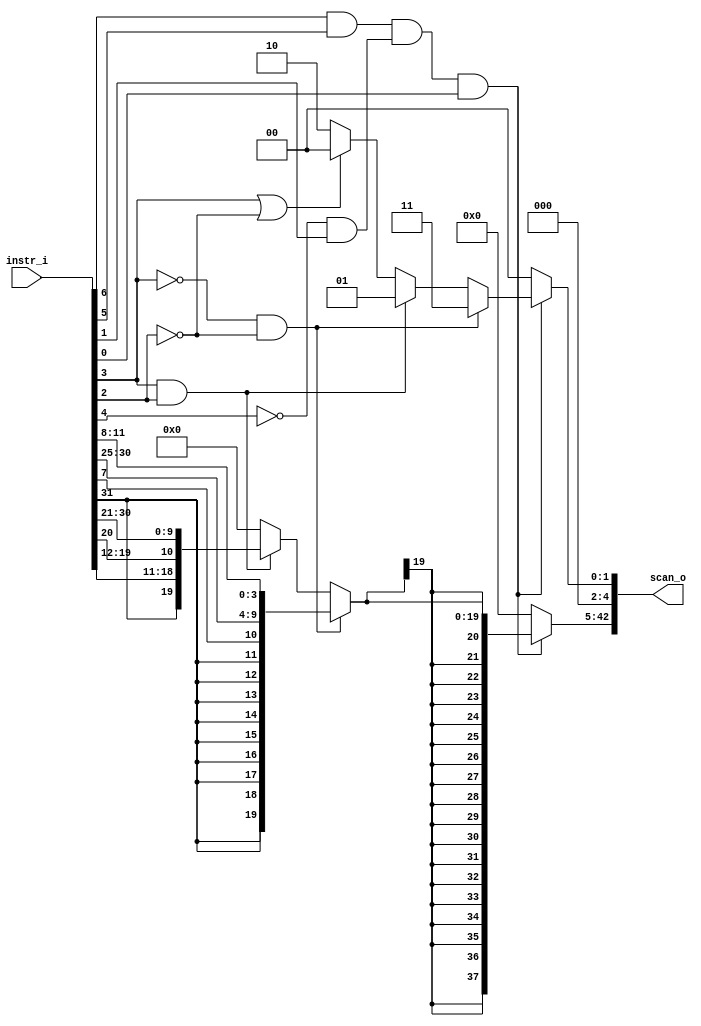
// This program was cloned from: https://github.com/NYU-MLDA/OpenABC
// License: BSD 3-Clause "New" or "Revised" License

module bp_fe_instr_scan_05
(
  instr_i,
  scan_o
);

  input [31:0] instr_i;
  output [42:0] scan_o;
  wire [42:0] scan_o;
  wire N0,N1,N2,N3,N4,N5,N6,N7,N8,N9,N10,N11,N12,N13,N14,N15,N16,N17,N18,N19,N20,N21,
  N22,N23,N24,N25,N26,N27,N28,N29,N30,N31,N32,N33,N34,N35,N36,N37,N38,N39,N40,N41,
  N42;
  assign scan_o[2] = 1'b0;
  assign scan_o[3] = 1'b0;
  assign scan_o[4] = 1'b0;
  assign N11 = instr_i[6] & instr_i[5];
  assign N12 = N10 & instr_i[1];
  assign N13 = N11 & N12;
  assign N14 = N13 & instr_i[0];
  assign N18 = N16 & N17;
  assign N19 = instr_i[3] & instr_i[2];
  assign N20 = instr_i[3] | N17;
  assign N21 = N16 | instr_i[2];
  assign { N9, N8 } = (N0)? { 1'b1, 1'b1 } : 
                      (N1)? { 1'b0, 1'b1 } : 
                      (N2)? { 1'b1, 1'b0 } : 
                      (N3)? { 1'b0, 1'b0 } : 1'b0;
  assign N0 = N18;
  assign N1 = N19;
  assign N2 = N6;
  assign N3 = N7;
  assign scan_o[1:0] = (N4)? { N9, N8 } : 
                       (N15)? { 1'b0, 1'b0 } : 1'b0;
  assign N4 = N14;
  assign { N42, N41, N40, N39, N38, N37, N36, N35, N34, N33, N32, N31, N30, N29, N28, N27, N26, N25, N24, N23 } = (N0)? { instr_i[31:31], instr_i[31:31], instr_i[31:31], instr_i[31:31], instr_i[31:31], instr_i[31:31], instr_i[31:31], instr_i[31:31], instr_i[31:31], instr_i[7:7], instr_i[30:25], instr_i[11:8] } : 
                                                                                                                  (N1)? { instr_i[31:31], instr_i[19:12], instr_i[20:20], instr_i[30:21] } : 
                                                                                                                  (N5)? { 1'b0, 1'b0, 1'b0, 1'b0, 1'b0, 1'b0, 1'b0, 1'b0, 1'b0, 1'b0, 1'b0, 1'b0, 1'b0, 1'b0, 1'b0, 1'b0, 1'b0, 1'b0, 1'b0, 1'b0 } : 1'b0;
  assign N5 = N22;
  assign scan_o[42:5] = (N4)? { N42, N42, N42, N42, N42, N42, N42, N42, N42, N42, N42, N42, N42, N42, N42, N42, N42, N42, N42, N41, N40, N39, N38, N37, N36, N35, N34, N33, N32, N31, N30, N29, N28, N27, N26, N25, N24, N23 } : 
                        (N15)? { 1'b0, 1'b0, 1'b0, 1'b0, 1'b0, 1'b0, 1'b0, 1'b0, 1'b0, 1'b0, 1'b0, 1'b0, 1'b0, 1'b0, 1'b0, 1'b0, 1'b0, 1'b0, 1'b0, 1'b0, 1'b0, 1'b0, 1'b0, 1'b0, 1'b0, 1'b0, 1'b0, 1'b0, 1'b0, 1'b0, 1'b0, 1'b0, 1'b0, 1'b0, 1'b0, 1'b0, 1'b0, 1'b0 } : 1'b0;
  assign N6 = ~N20;
  assign N7 = ~N21;
  assign N10 = ~instr_i[4];
  assign N15 = ~N14;
  assign N16 = ~instr_i[3];
  assign N17 = ~instr_i[2];
  assign N22 = N6 | N7;

endmodule